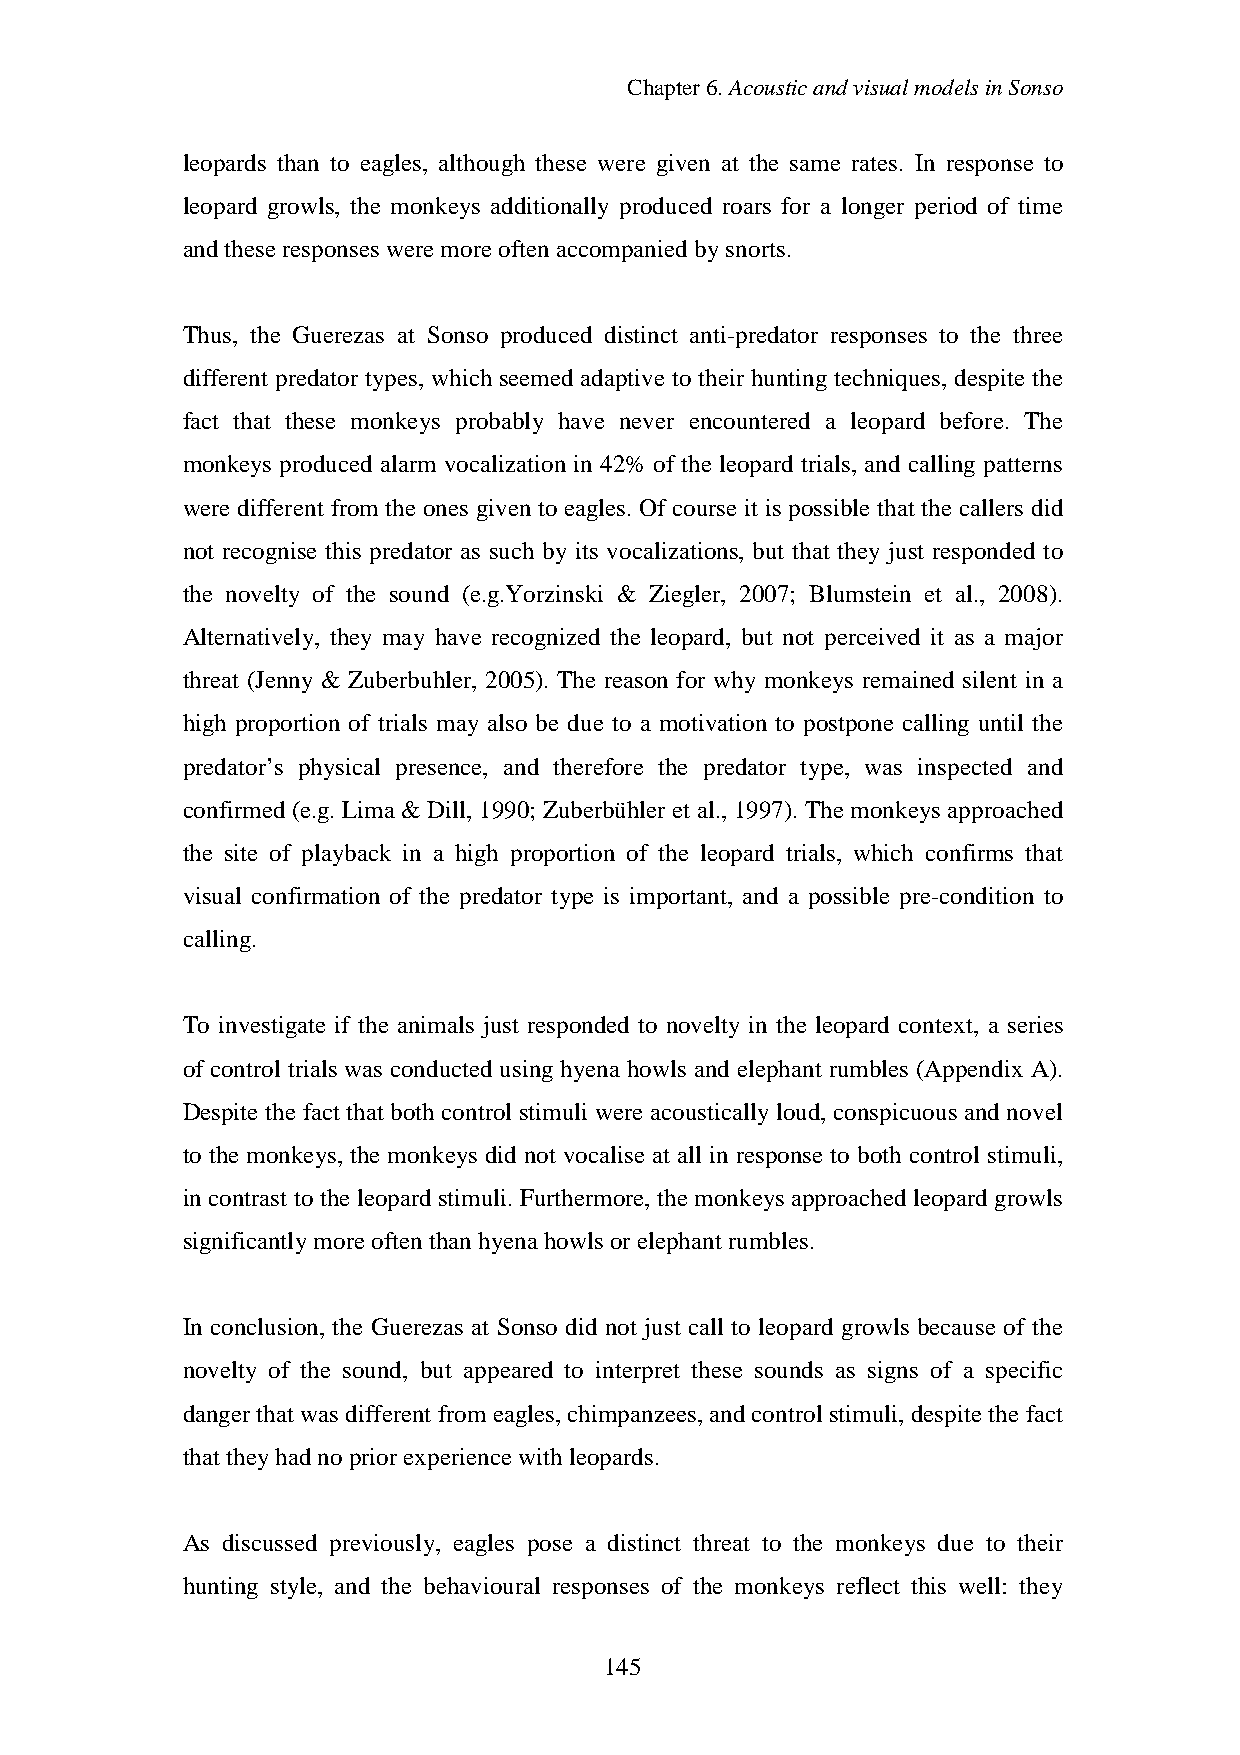
Chapter6.AcousticandvisualmodelsinSonso
 leopards than to eagles, although these were given at the same rates. In response to
 leopard growls, the monkeys additionally produced roars for a longer period of time
 andtheseresponses were moreoftenaccompanied bysnorts.
 Thus, the Guerezas at Sonso produced distinct anti-predator responses to the three
 different predator types, which seemed adaptive to their hunting techniques, despite the
 fact that these monkeys probably have never encountered a leopard before. The
 monkeys produced alarm vocalization in 42% of the leopard trials, and calling patterns
 were different from the ones given to eagles. Of course it is possible that the callers did
 not recognise this predator as such by its vocalizations, but that they just responded to
 the novelty of the sound (e.g.Yorzinski & Ziegler, 2007; Blumstein et al., 2008).
 Alternatively, they may have recognized the leopard, but not perceived it as a major
 threat (Jenny & Zuberbuhler, 2005). The reason for why monkeys remained silent in a
 high proportion of trials may also be due to a motivation to postpone calling until the
 predator’s physical presence, and therefore the predator type, was inspected and
 confirmed (e.g. Lima & Dill, 1990; Zuberbühler et al., 1997). The monkeys approached
 the site of playback in a high proportion of the leopard trials, which confirms that
 visual confirmation of the predator type is important, and a possible pre-condition to
 calling.
 To investigate if the animals just responded to novelty in the leopard context, a series
 of control trials was conducted using hyena howls and elephant rumbles (Appendix A).
 Despite the fact that both control stimuli were acousticallyloud, conspicuous and novel
 to the monkeys, the monkeys did not vocalise at all in response to both control stimuli,
 in contrast to the leopardstimuli.Furthermore, the monkeys approached leopard growls
 significantlymoreoftenthanhyenahowls or elephant rumbles.
 In conclusion, the Guerezas at Sonso did not just call to leopard growls because of the
 novelty of the sound, but appeared to interpret these sounds as signs of a specific
 dangerthat was different from eagles, chimpanzees, andcontrol stimuli,despitethefact
 that theyhadnopriorexperiencewithleopards.
 As discussed previously, eagles pose a distinct threat to the monkeys due to their
 hunting style, and the behavioural responses of the monkeys reflect this well: they
 145